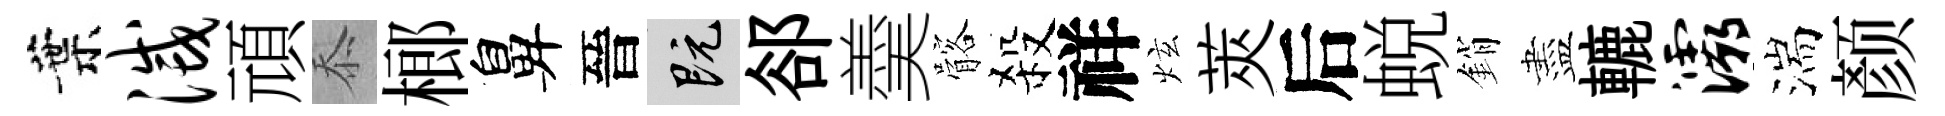
葉灭頑忝榔鼻晉既郤羮髂殺祥炫莢后蜕銷盡轆灞湍颜